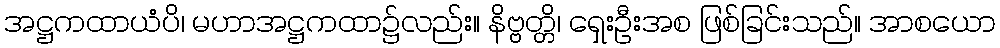
အဋ္ဌကထာယံပိ၊ မဟာအဋ္ဌကထာ၌လည်း။ နိဗ္ဗတ္တိ၊ ရှေးဦးအစ ဖြစ်ခြင်းသည်။ အာစယော